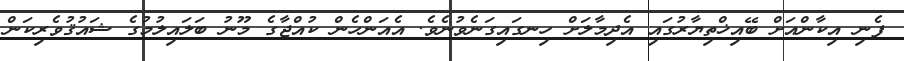
ފެނި އިކާންއަށް ބޭއިޚްތިޔާރުގައި އެދިމާލަށް ހިނގައިގަނެވުނެވެ. އެއަންހެން ކުއްޖާގެ މޫނު ބަލައިލުމުގެ ޝައުޤުވެރިކަން